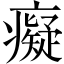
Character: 癡